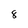
Character: 8